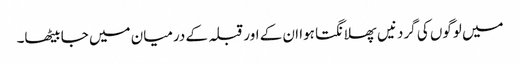
میں لوگوں کی گردنیں پھلانگتا ہوا ان کے اور قبلہ کے درمیان میں جا بیٹھا۔